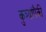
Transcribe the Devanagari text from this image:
कुत्र्यांपैकी